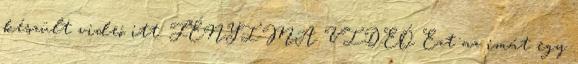
készült videó itt: FÉNYIMA VIDEÓ Ezt az imát egy